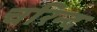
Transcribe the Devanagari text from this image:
चरिन्द